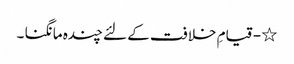
٭ - قیامِ خلافت کے لئے چندہ مانگنا ۔